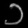
Digit: ၁